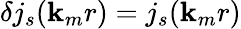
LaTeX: \delta j_{s}({\mathbf{k}}_{m}r)=j_{s}({\mathbf{k}}_{m}r)